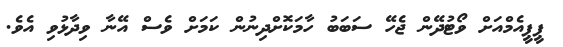
ޕީޕީއެމްއަށް ވޯޓުދޭން ޖެހޭ ސަބަބު ހާމަކޮށްދިނުން ކަމަށް ވެސް އޭނާ ވިދާޅުވި އެވެ.